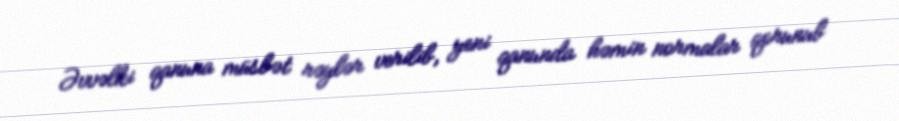
Əvvəlki qanuna müsbət rəylər verilib, yeni qanunda həmin normalar qorunub